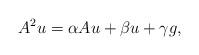
LaTeX: \begin{align*}A^{2}u=\alpha Au+\beta u+\gamma g,\end{align*}